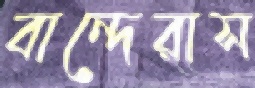
বান্দেরাস